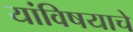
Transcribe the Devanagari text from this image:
यांविषयाचे